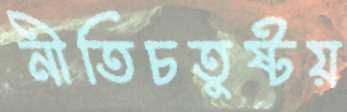
নীতিচতুষ্টয়